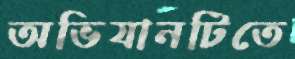
অভিযানটিতে